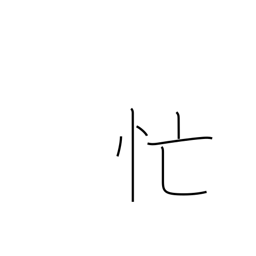
Meaning: busy